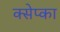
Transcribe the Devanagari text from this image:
क्सेप्का